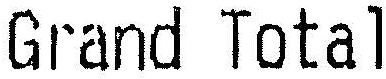
GRAND TOTAL